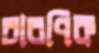
চারণিক